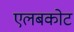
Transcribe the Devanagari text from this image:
एलबकोट